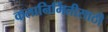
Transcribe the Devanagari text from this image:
कलानिर्मितीसाठी